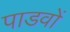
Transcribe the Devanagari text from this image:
पाडवों